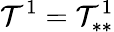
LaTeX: \mathcal{T}^{1}=\mathcal{T}_{**}^{1}